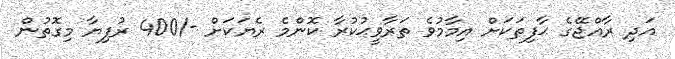
އަދި ރާއްޖޭގެ ޙާފިޠަކަށް އިމާމުވެ ތަރާވީޙުކުރާ ކޮންމެ ރެޔަކަށް -/400 ރުފިޔާ މިގޮތުން